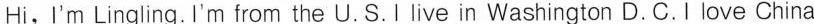
Hi,I'm Lingling. I'm from the U. S.I live in Washington D. C. I love China